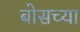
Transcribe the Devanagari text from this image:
बोसच्या